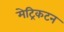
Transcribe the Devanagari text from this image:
मेट्रिकटन